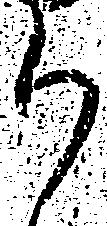
か